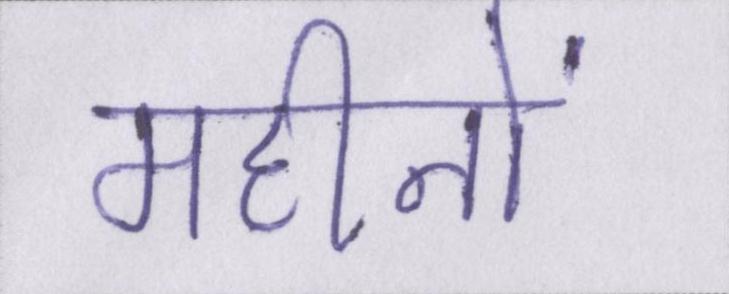
महीनों